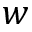
w